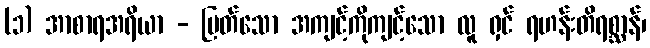
(၁) အာစာရအရိယာ - မြတ်သော အကျင့်ကိုကျင့်သော လူ ရှင် ရဟန်းတိရစ္ဆာန်၊